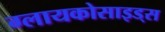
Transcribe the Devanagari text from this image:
ग्लायकोसाइड्‌स